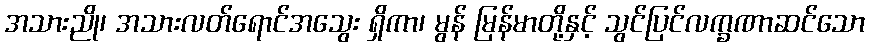
အသားညို၊ အသားလတ်ရောင်အသွေး ရှိကာ၊ မွန် မြန်မာတို့နှင့် သွင်ပြင်လက္ခဏာဆင်သော